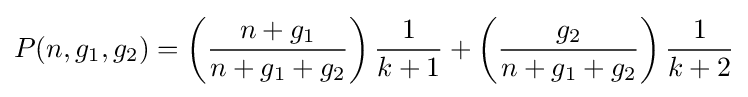
P(n,g_{1},g_{2})=\left({\frac {n+g_{1}}{n+g_{1}+g_{2}}}\right){\frac {1}{k+1}}+\left({\frac {g_{2}}{n+g_{1}+g_{2}}}\right){\frac {1}{k+2}}